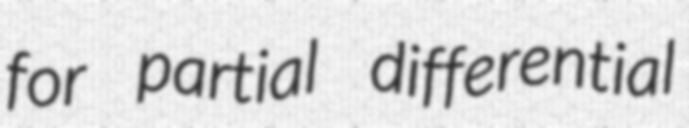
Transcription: for partial differential